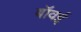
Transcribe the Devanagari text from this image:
बॉवई